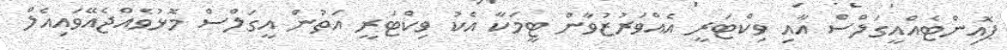
ޕޮއިންޓެއްއީގަލްސް އާއި ވިކްޓަރީ އެއްވަރުޒުވާން ޓީމަކާ އެކު ވިކްޓަރީ އަތުން އީގަލްސް މޮޅުވެއްޖެއޭވައިއެލް